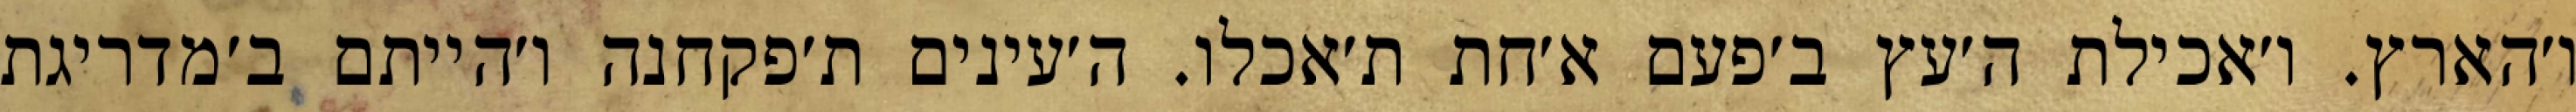
ו׳הארץ. ו׳אכילת ה׳עץ ב׳פעם א׳חת ת׳אכלו. ה׳עינים ת׳פקחנה ו׳הייתם ב׳מדריגת